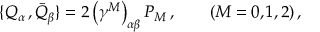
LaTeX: \{ Q _ { \alpha } \, , { \bar { Q } } _ { \beta } \} = 2 \left( \gamma ^ { M } \right) _ { \alpha \beta } P _ { M } \, , \qquad ( M = 0 , 1 , 2 ) \, ,